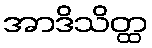
အာဒိသိတ္ထ